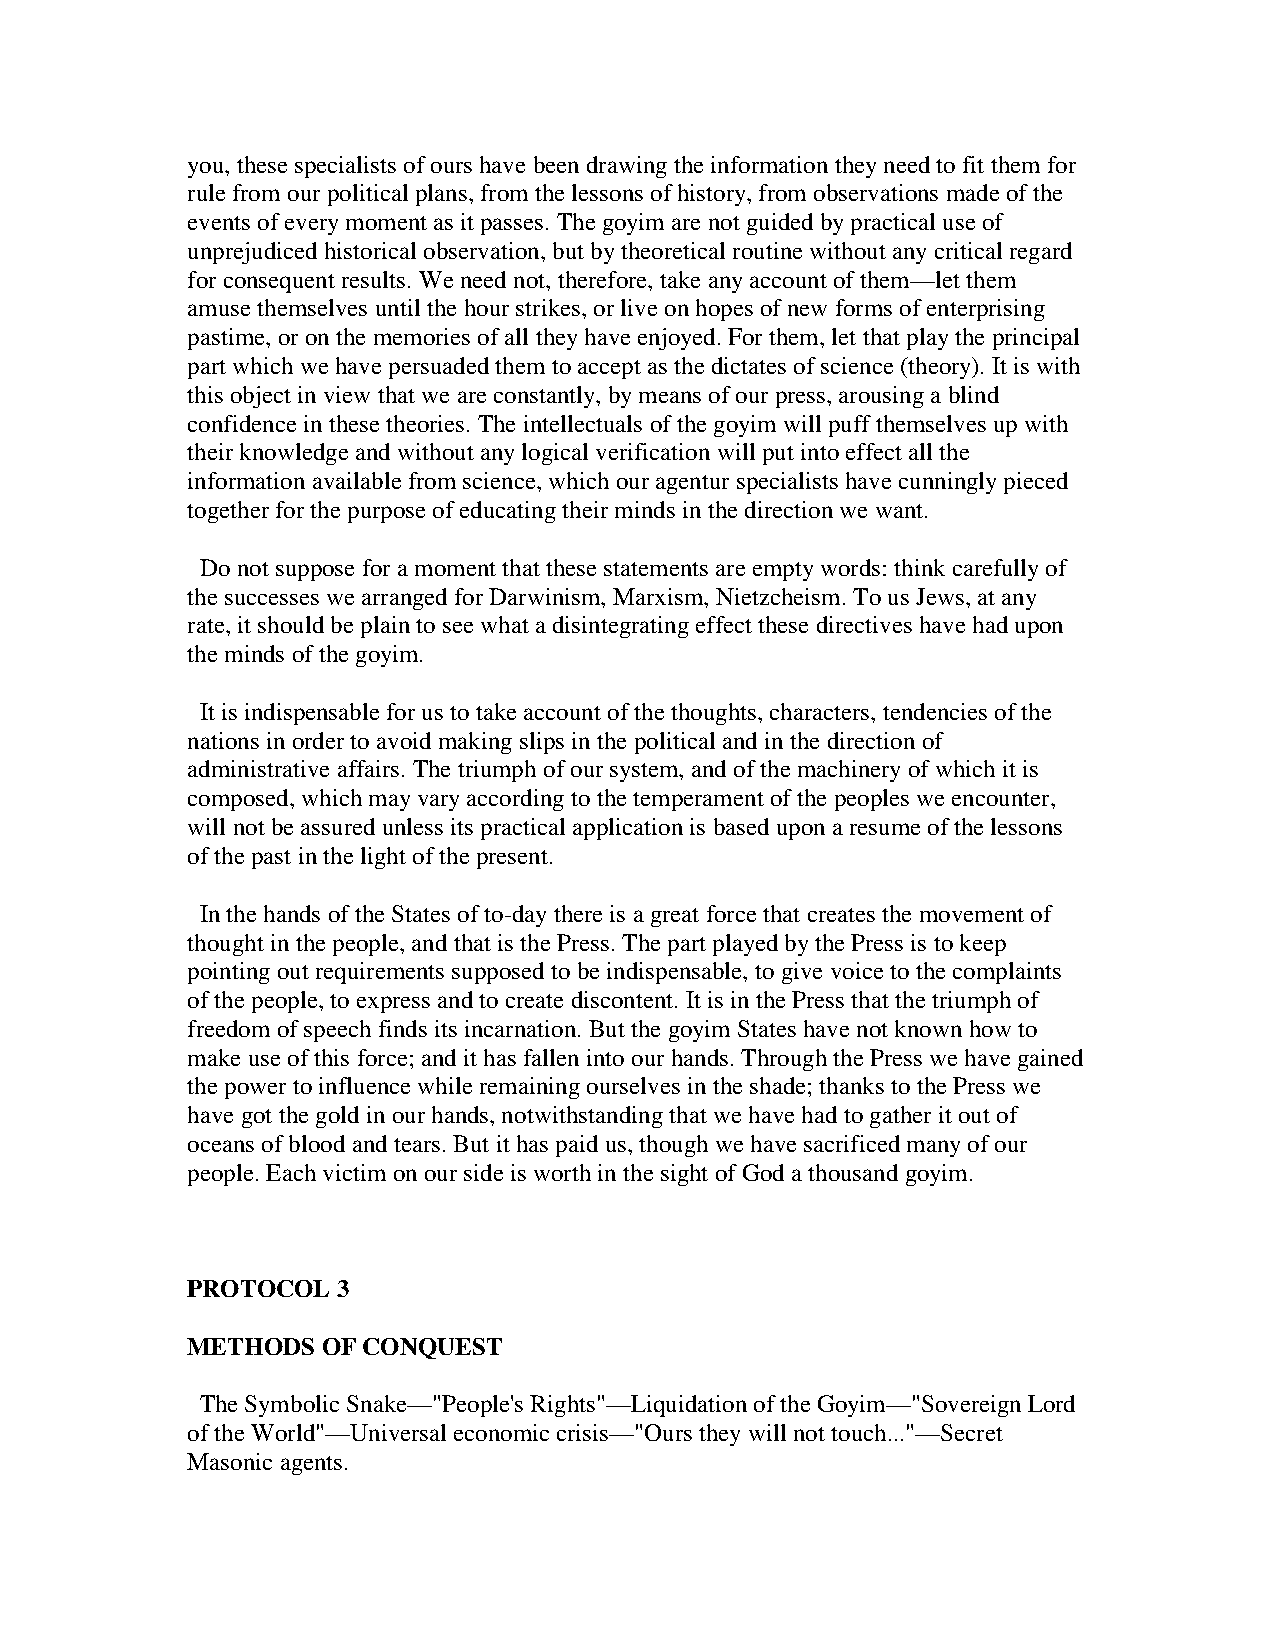
you, these specialists of ours have been drawing the information they need to fit them for
 rule from our political plans, from the lessons of history, from observations made of the
 events of every moment as it passes. The goyim are not guided by practical use of
 unprejudiced historical observation, but by theoretical routine without any critical regard
 for consequent results. We need not, therefore, take any account of them—let them
 amuse themselves until the hour strikes, or live on hopes of new forms of enterprising
 pastime, or on the memories of all they have enjoyed. For them, let that play the principal
 part which we have persuaded them to accept as the dictates of science (theory). It is with
 this object in view that we are constantly, by means of our press, arousing a blind
 confidence in these theories. The intellectuals of the goyim will puff themselves up with
 their knowledge and without any logical verification will put into effect all the
 information available from science, which our agentur specialists have cunningly pieced
 together for the purpose of educating their minds in the direction we want.
 Do not suppose for a moment that these statements are empty words: think carefully of
 the successes we arranged for Darwinism, Marxism, Nietzcheism. To us Jews, at any
 rate, it should be plain to see what a disintegrating effect these directives have had upon
 the minds of the goyim.
 It is indispensable for us to take account of the thoughts, characters, tendencies of the
 nations in order to avoid making slips in the political and in the direction of
 administrative affairs. The triumph of our system, and of the machinery of which it is
 composed, which may vary according to the temperament of the peoples we encounter,
 will not be assured unless its practical application is based upon a resume of the lessons
 of the past in the light of the present.
 In the hands of the States of to-day there is a great force that creates the movement of
 thought in the people, and that is the Press. The part played by the Press is to keep
 pointing out requirements supposed to be indispensable, to give voice to the complaints
 of the people, to express and to create discontent. It is in the Press that the triumph of
 freedom of speech finds its incarnation. But the goyim States have not known how to
 make use of this force; and it has fallen into our hands. Through the Press we have gained
 the power to influence while remaining ourselves in the shade; thanks to the Press we
 have got the gold in our hands, notwithstanding that we have had to gather it out of
 oceans of blood and tears. But it has paid us, though we have sacrificed many of our
 people. Each victim on our side is worth in the sight of God a thousand goyim.
 PROTOCOL  3
 METHODS  OF CONQUEST
 The Symbolic Snake—"People's Rights"—Liquidation of the Goyim—"Sovereign Lord
 of the World"—Universal economic crisis—"Ours they will not touch..."—Secret
 Masonic agents.